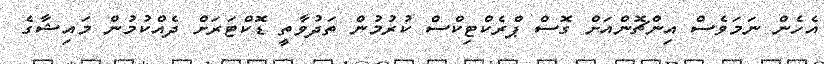
އެހެން ނަމަވެސް އިންޗޮންއަށް ގޮސް ޕްރެކްޓިކްސް ކުރުމުން ތަދުވާތީ ޑޮކްޓަރަށް ދެއްކުމުން މައިޝާގެ